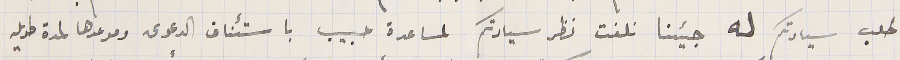
طلب سيادتكم له جيئنا نلفت نظر سيادتكم لمساعدة حبيب باستئناف الدعوى وموعدها لمدة طويله